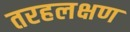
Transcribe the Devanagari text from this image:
तरहलक्षण